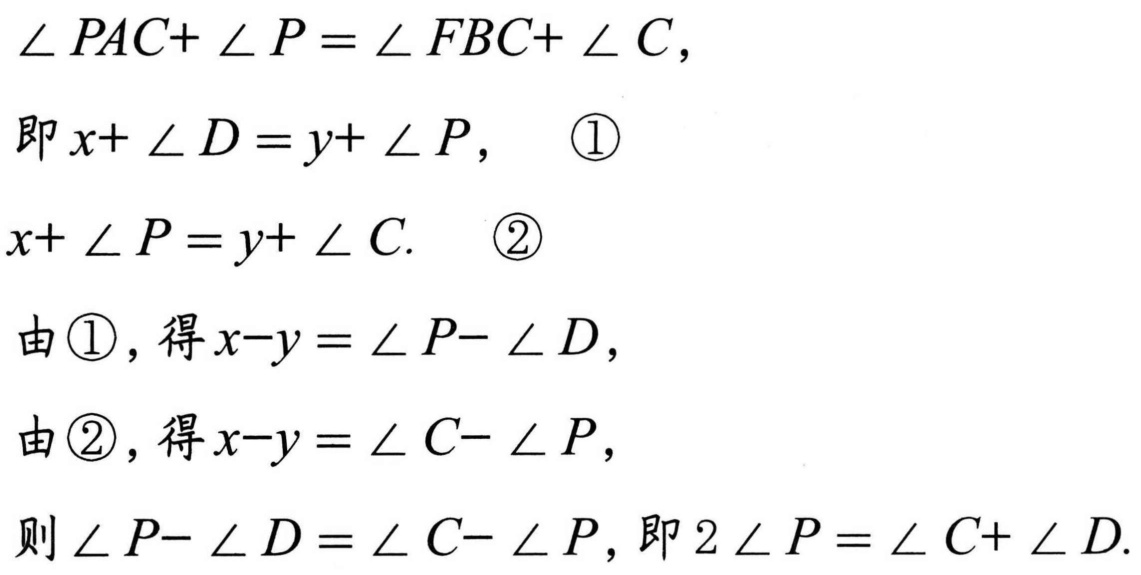
\(\angle PAC+\angle P=\angle FBC+\angle C,\)
即\(x + \angle D=y+\angle P,\ \ \ \textcircled{1}\)
\(x+\angle P=y+\angle C.\ \ \ \textcircled{2}\)
由\(\textcircled{1}\)，得\(x - y=\angle P-\angle D,\)
由\(\textcircled{2}\)，得\(x - y=\angle C-\angle P,\)
则\(\angle P-\angle D=\angle C-\angle P,\) 即\(2\angle P=\angle C+\angle D.\)